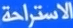
الاستراحة